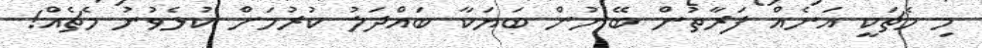
މި މެޗަކީ އަނެއް ފަރާތުން ބޭނުން ބަޔަކާ ބައްދަލު ކުރުމަށް ކުޅެވުނު މެޗެއް!